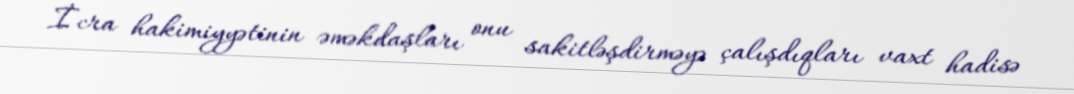
İcra hakimiyyətinin əməkdaşları onu sakitləşdirməyə çalışdıqları vaxt hadisə